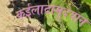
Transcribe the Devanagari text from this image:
कईलादामुदेयान